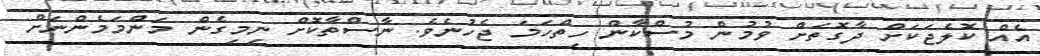
އެއް ކޮލެޖަކަށް ދާގޮތަށް ވުމުން މުސްކާން ހިތްހަމަ ޖެހުނެވެ. ނާސްތާކޮށް ނިމިގެން މަންމަމެންނަށް